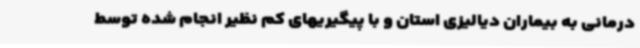
درمانی به بیماران دیالیزی استان و با پیگیریهای کم نظیر انجام شده توسط